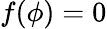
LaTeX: f(\phi)=0